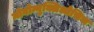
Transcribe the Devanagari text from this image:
मोनोन्युक्लिओसिस